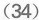
(34)